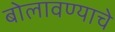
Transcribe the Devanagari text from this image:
बोलावण्याचे